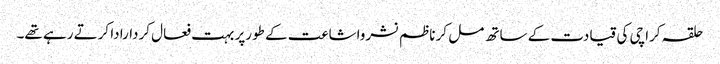
حلقہ کراچی کی قیادت کے ساتھ مل کر ناظم نشرواشاعت کے طورپر بہت فعال کردارادا کرتے رہے تھے۔